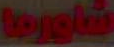
شاورما